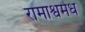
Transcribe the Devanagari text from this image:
रामाश्वमेध